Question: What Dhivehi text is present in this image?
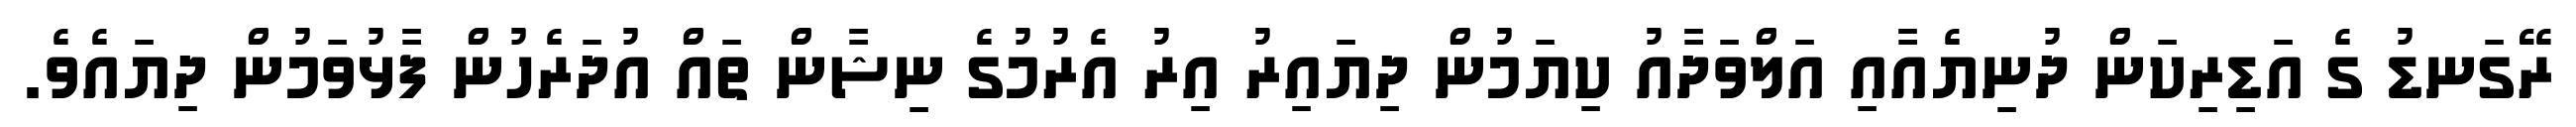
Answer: ރޭގަނޑު ގެ އަޑިރިކަން ދުނިޔެއާއި އަލްވަދާއު ކިޔަމުން ދިޔައިރު އިރު އެރުމުގެ ނިޝާން ތައް އުދަރެހުން ފާޅުވަމުން ދިޔައެވެ.